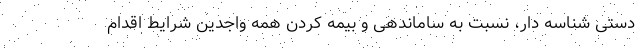
دستی شناسه دار، نسبت به ساماندهی و بیمه کردن همه واجدین شرایط اقدام